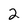
Character: 2